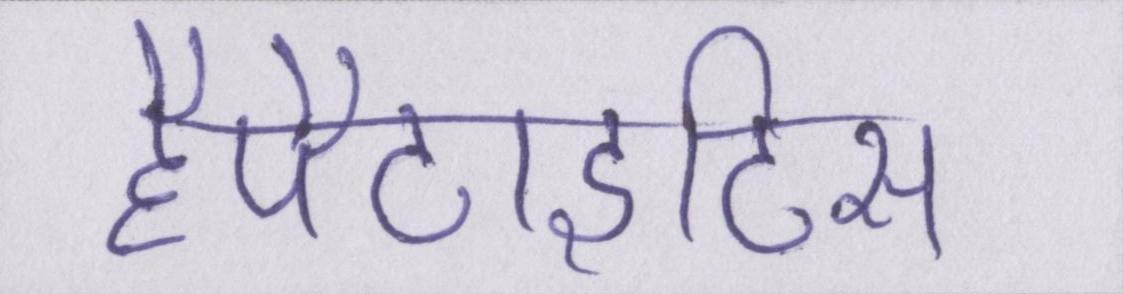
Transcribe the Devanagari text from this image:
हैपैटाइटिस